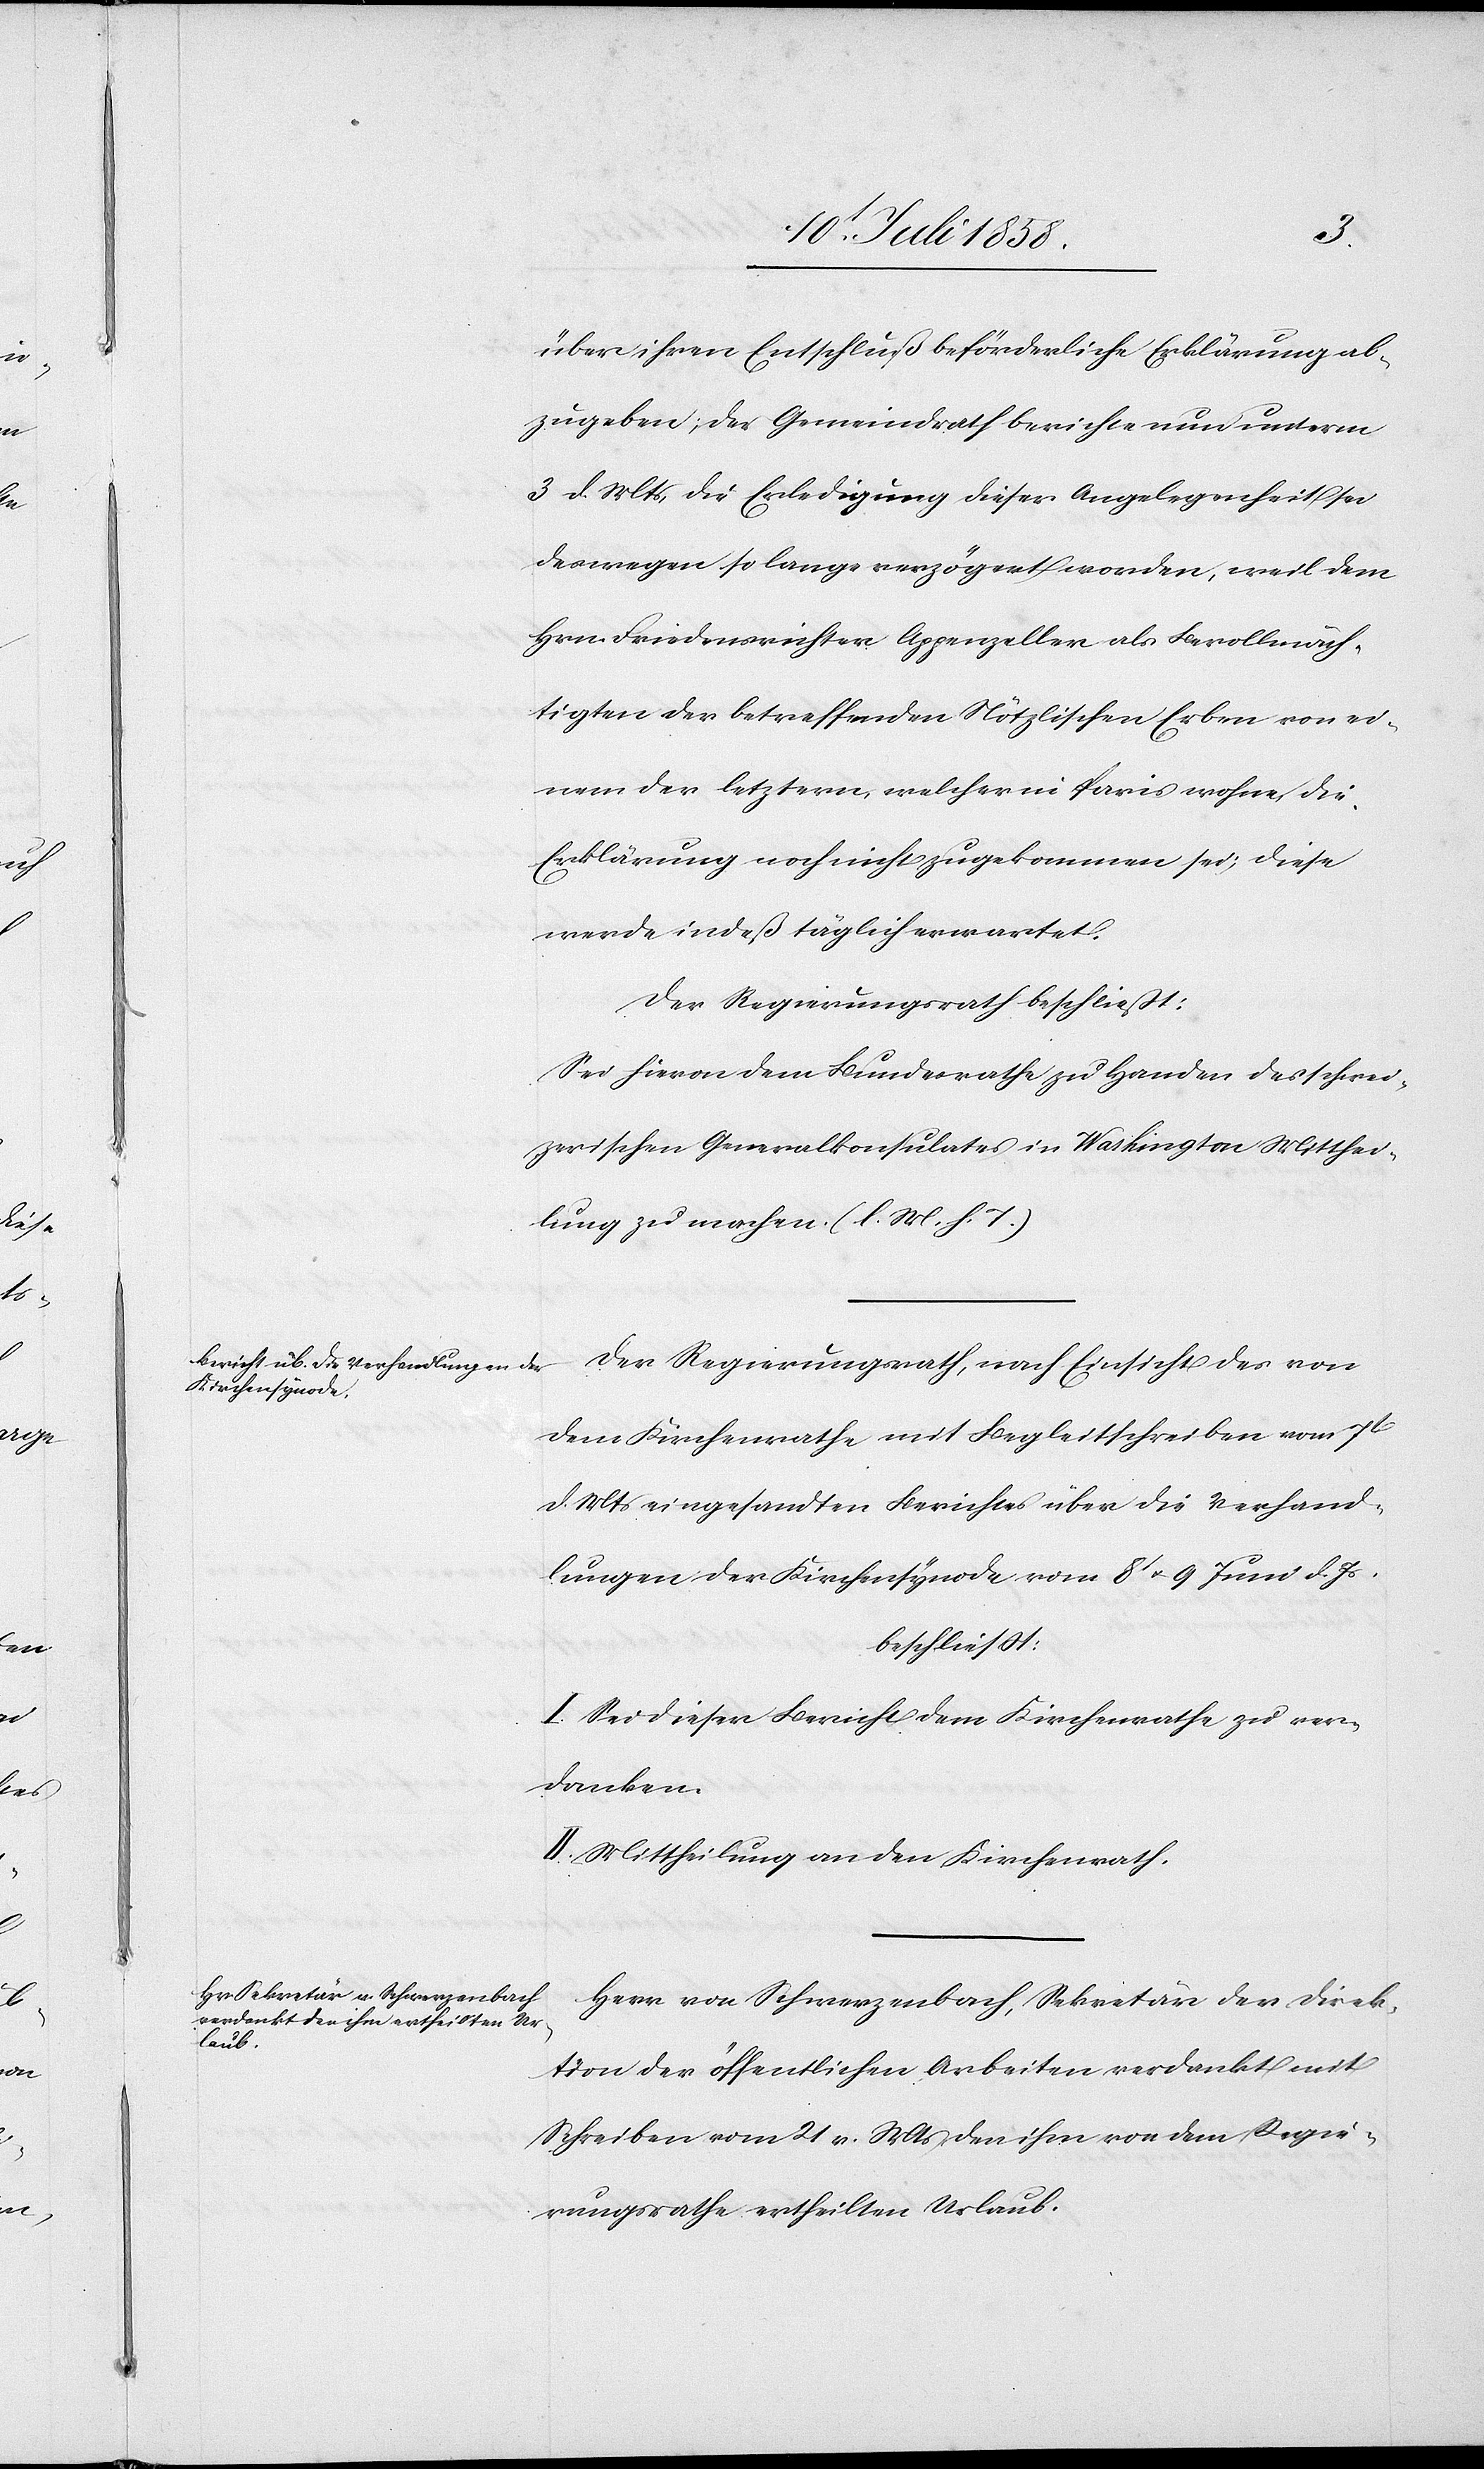
über ihren Entschluß beförderliche Erklärung ab¬
zugeben; der Gemeindrath berichte nun unterm
3 d. Mts, die Erledigung dieser Angelegenheit sei
deswegen so lange verzögert worden, weil dem
Hrn. Friedensrichter Appenzeller als Bevollmäch¬
tigten der betreffenden Nötzlischen Erben von ei¬
nem der letztern, welcher in Paris wohne, die
Erklärung noch nicht zugekommen sei; diese
werde indeß täglich erwartet.
Der Regierungsrath beschließt:
Sei hievon dem Bundesrathe zu Handen des schwei¬
zerischen Generalkonsulates in Washington Mitthei¬
lung zu machen. (l. M. h. T.)
Der Regierungsrath, nach Einsicht des von
dem Kirchenrathe mit Begleitschreiben vom 7t
d. Mts eingesandten Berichtes über die Verhand¬
lungen der Kirchensynode vom 8t & 9 Juni d. Js,
beschliesst:
I. Sei dieser Bericht dem Kirchenrathe zu ver¬
danken.
II. Mittheilung an den Kirchenrath.
Herr von Schwerzenbach, Sekretär der Direk¬
tion der öffentlichen Arbeiten verdankt mit
Schreiben vom 21 v. Mts den ihm von dem Regie¬
rungsrathe ertheilten Urlaub.